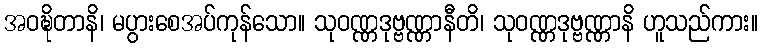
အဝဍ္ဎိတာနိ၊ မပွားစေအပ်ကုန်သော။ သုဝဏ္ဏဒုဗ္ဗဏ္ဏာနီတိ၊ သုဝဏ္ဏဒုဗ္ဗဏ္ဏာနိ ဟူသည်ကား။